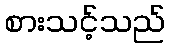
စားသင့်သည်